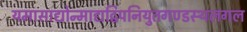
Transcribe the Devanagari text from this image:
यमासाद्योन्माद्यद्विपनियुतगण्डस्थलगल